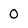
Character: 0